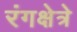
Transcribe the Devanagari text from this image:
रंगक्षेत्रे